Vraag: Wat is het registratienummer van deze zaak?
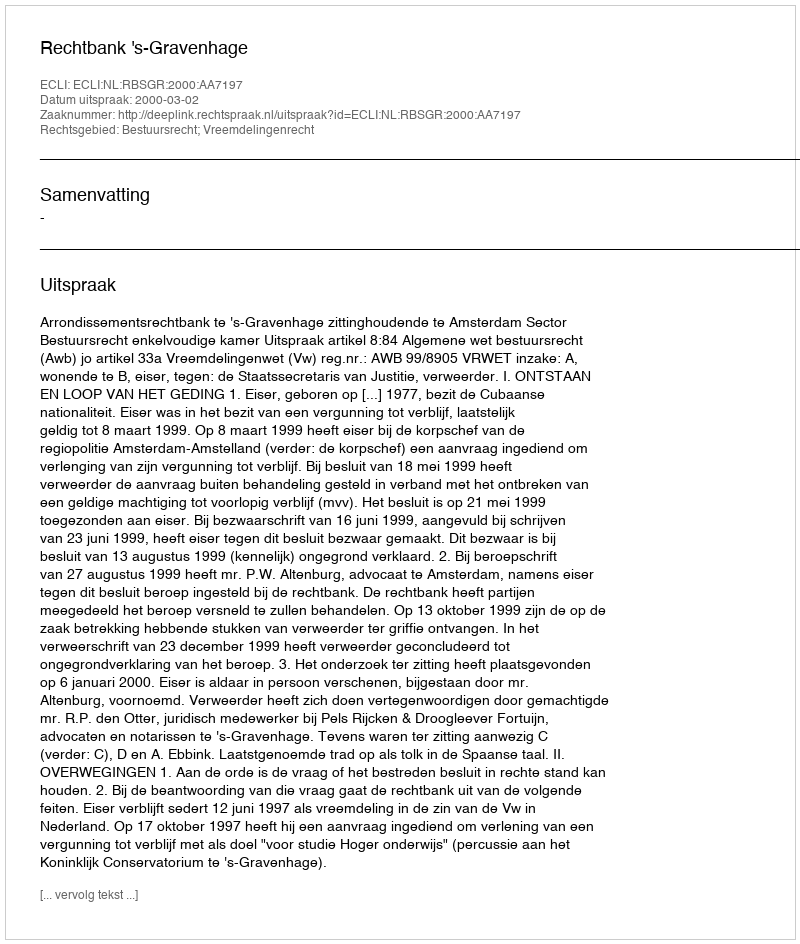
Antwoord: http://deeplink.rechtspraak.nl/uitspraak?id=ECLI:NL:RBSGR:2000:AA7197